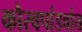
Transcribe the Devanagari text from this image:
कौरवपांडवांत